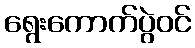
ရွေးကောက်ပွဲဝင်